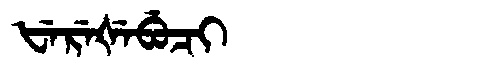
Manchu: ᡶᡝᡵᡝᡧᡝᠪᡠᠴᡳ
Romanization: FEREŠEBUCI